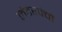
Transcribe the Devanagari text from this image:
लेटरपंचों